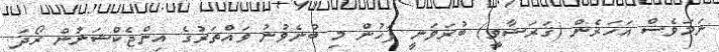
ނަމަވެސް އަހަރެން (ޤަރަޟާވީ) ބުރަވަނީ ފަހުން މި ބުނެވުނު ވައްތަރުގެ އިންޖެކްޝަނުން ރޯދަ